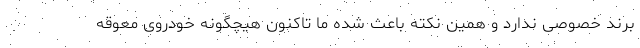
برند خصوصی ندارد و همین نکته باعث شده ما تاکنون هیچگونه خودروی معوقه